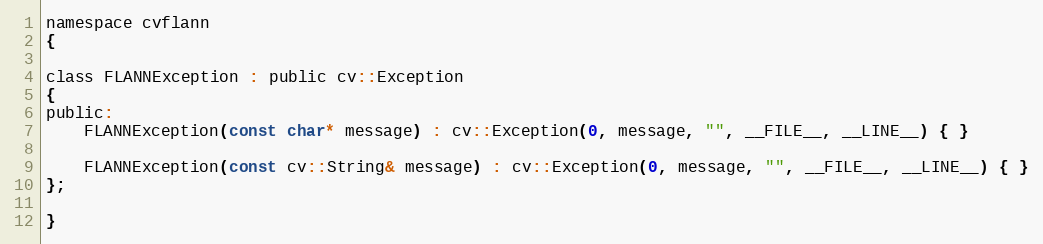
Language: C
namespace cvflann
{

class FLANNException : public cv::Exception
{
public:
    FLANNException(const char* message) : cv::Exception(0, message, "", __FILE__, __LINE__) { }

    FLANNException(const cv::String& message) : cv::Exception(0, message, "", __FILE__, __LINE__) { }
};

}